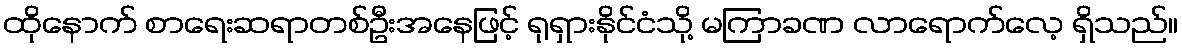
ထိုနောက် စာရေးဆရာတစ်ဦးအနေဖြင့် ရုရှားနိုင်ငံသို့ မကြာခဏ လာရောက်လေ့ ရှိသည်။